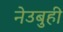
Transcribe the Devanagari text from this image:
नेउबुही